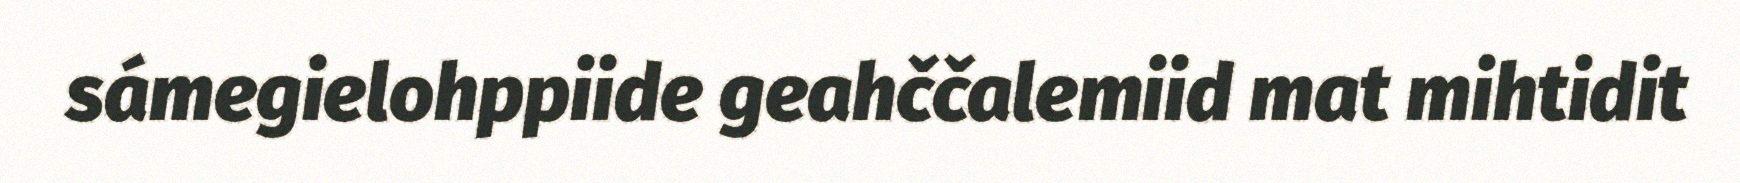
sámegielohppiide geahččalemiid mat mihtidit